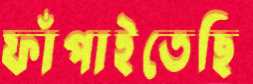
ফাঁপাইতেছি